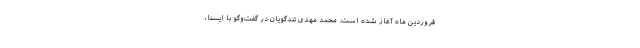
فروردین ماه آغاز شده است. محمد مهدی تندگویان در گفت‌وگو با ایسنا،